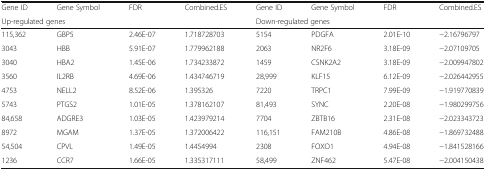
<table><thead><tr><td><b>Gene ID</b></td><td><b>Gene Symbol</b></td><td><b>FDR</b></td><td><b>Combined.ES</b></td><td><b>Gene ID</b></td><td><b>Gene Symbol</b></td><td><b>FDR</b></td><td><b>Combined.ES</b></td></tr><tr><td colspan="3"><b>Up-regulated genes</b></td><td>[EMPTY_CELL]</td><td colspan="3"><b>Down-regulated genes</b></td><td>[EMPTY_CELL]</td></tr></thead><tbody><tr><td>115,362</td><td>GBP5</td><td>2.46E-07</td><td>1.718728703</td><td>5154</td><td>PDGFA</td><td>2.01E-10</td><td>−2.16796797</td></tr><tr><td>3043</td><td>HBB</td><td>5.91E-07</td><td>1.779962188</td><td>2063</td><td>NR2F6</td><td>3.18E-09</td><td>−2.07109705</td></tr><tr><td>3040</td><td>HBA2</td><td>1.45E-06</td><td>1.734233872</td><td>1459</td><td>CSNK2A2</td><td>3.18E-09</td><td>−2.009947802</td></tr><tr><td>3560</td><td>IL2RB</td><td>4.69E-06</td><td>1.434746719</td><td>28,999</td><td>KLF15</td><td>6.12E-09</td><td>−2.026442955</td></tr><tr><td>4753</td><td>NELL2</td><td>8.52E-06</td><td>1.395326</td><td>7220</td><td>TRPC1</td><td>7.99E-09</td><td>−1.919770839</td></tr><tr><td>5743</td><td>PTGS2</td><td>1.01E-05</td><td>1.378162107</td><td>81,493</td><td>SYNC</td><td>2.20E-08</td><td>−1.980299756</td></tr><tr><td>84,658</td><td>ADGRE3</td><td>1.03E-05</td><td>1.423979214</td><td>7704</td><td>ZBTB16</td><td>2.31E-08</td><td>−2.023343723</td></tr><tr><td>8972</td><td>MGAM</td><td>1.37E-05</td><td>1.372006422</td><td>116,151</td><td>FAM210B</td><td>4.86E-08</td><td>−1.869732488</td></tr><tr><td>54,504</td><td>CPVL</td><td>1.49E-05</td><td>1.4454994</td><td>2308</td><td>FOXO1</td><td>4.94E-08</td><td>−1.841528166</td></tr><tr><td>1236</td><td>CCR7</td><td>1.66E-05</td><td>1.335317111</td><td>58,499</td><td>ZNF462</td><td>5.47E-08</td><td>−2.004150438</td></tr></tbody></table>